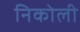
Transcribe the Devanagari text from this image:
निकोली